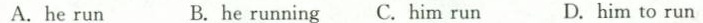
A.he run B. he running C.Him run D.him to run